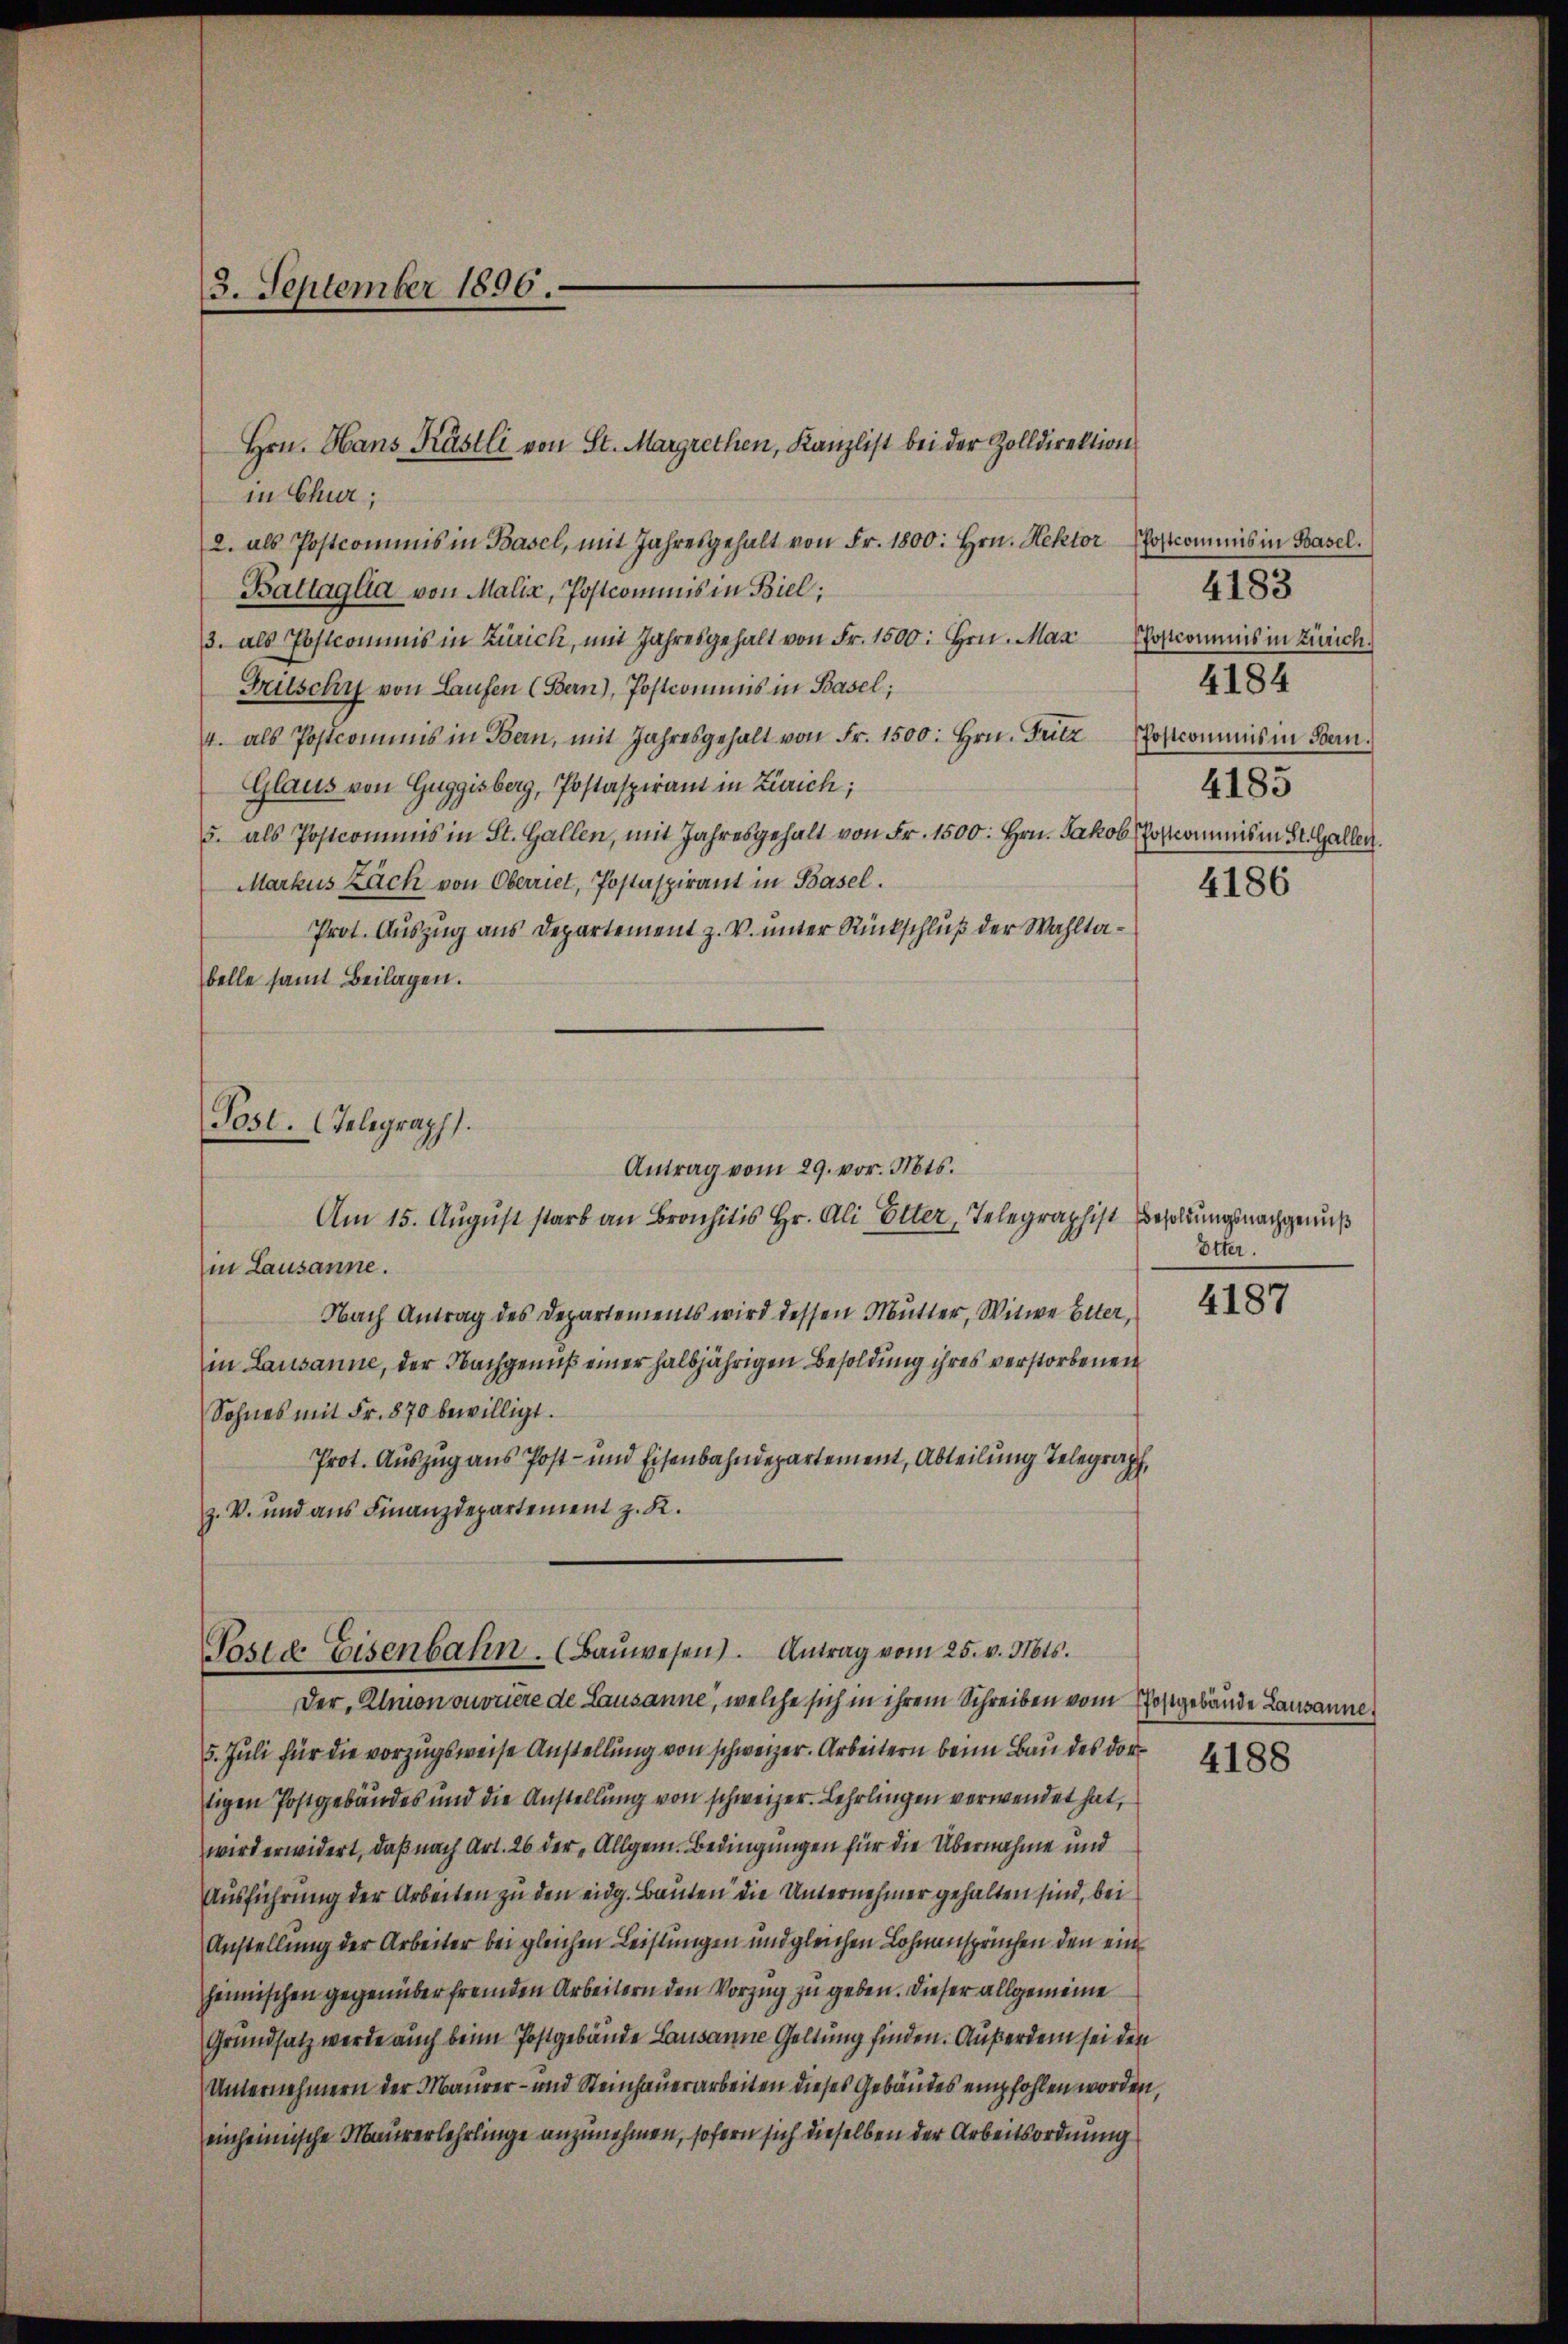
3. September 1896.

in Chur;
2. als Postcommis in Basel, mit Jahresgehalt von Fr. 1800. Hrn. Hektor Postcommis in Basel.
Battaglia von Maliz, Postcommis in Biel;
/3. als Postcommis in Zürich, mit Jahresgehalt von Fr. 1500. Hrn. Max Postcommis in Zürich
Tritschy von Laufen (Bern), Postcommis in Basel;
4. als Postcommis in Bern, mit Jahresgehalt von Fr. 1500. Hrn. Fritz Postcommis in Bern.
Glaus von Guggisberg, Postaspirant in Zürich;
5. als Postcommis in St. Gallen, mit Jahresgehalt von Fr. 1500. Hrn. Jakob Hofkommnis in St. Gallen.
Markus Zach von Oberriet, Postaspirant in Basel.
Prot. Auszug aus Departement z. V. unter Rückschluß der Wahltabelle samt Beilagen.

Post. Telegraph.
Antrag vom 29. vor. Mts.

Hrn. Hans Kästli von St. Margrethen, Kanzlist bei der Zolldirektion

Psid. Eisenbahn. (Baŭwesen). Antrag vom 25. v. Mts.
Der, Almononoriere de Lausanne, welche sich in ihrem Schreiben vom Postgebäude Lausanne

Am 15. August starb an Brois Hr. Ali Elter, Telegraphist Besoldungsnachgenuß
in Lausanne.
Nach Antrag des Departements wird dessen Mutter, Witwe Elter,
in Lausanne, der Nachgenuß einer halbjährigen Besoldung ihres verstorbenen
Sohnes mit Fr. 870 bewilligt.
Prot. Auszug aus Post- und Eisenbahndepartement, Abteilung Telegraph
z. V. und aus Finanzdepartement z. R.

4183
4184
4185

5. Juli für die vorzugsweise Anstellung von schweizer. Arbeitern beim Bau des dort
tigen Postgebäudes und die Anstellung von schweizer. Lehrlingen verwendet hat,
wird erwidert, daß nach Art. 26 der „Allgem. Bedingungen für die Übernahme und
Ausführung der Arbeiten zu den eidg. Bauten die Unternehmer gehalten sind, bei
Anstellung der Arbeiter bei gleichen Leistungen und gleichen Lohnanspruchen den einheimischen gegenüber fremden Arbeitern den Vorzug zu geben. Dieser allgemeine
Grundsatz werde auch beim Postgebäude Lausanne Geltung finden. Außerdem sei den
Unternehmern der Maurer- und Steinhauerarbeiten dieses Gebäudes empfohlen worden,
einheimische Maurerlehrlinge anzunehmen, sofern sich dieselben der Arbeitsordnung

4186

Etter.

4187